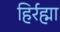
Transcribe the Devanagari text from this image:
हिर्रह्मा